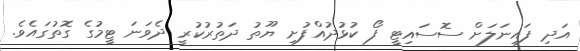
އަދި ފައިނަލަށް ސޮސައިޓީ ފޯ ކުޅުދުއްފުށި ޔޫތު ދަތުރުކުރީ ދެވަނަ ޓީމުގެ ގޮތުގައެވެ.